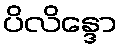
ပိလိန္ဒော